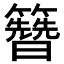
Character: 𬖂